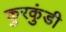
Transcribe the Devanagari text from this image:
कुरकुंडी